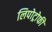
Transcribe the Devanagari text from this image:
लिपोट्रोफी